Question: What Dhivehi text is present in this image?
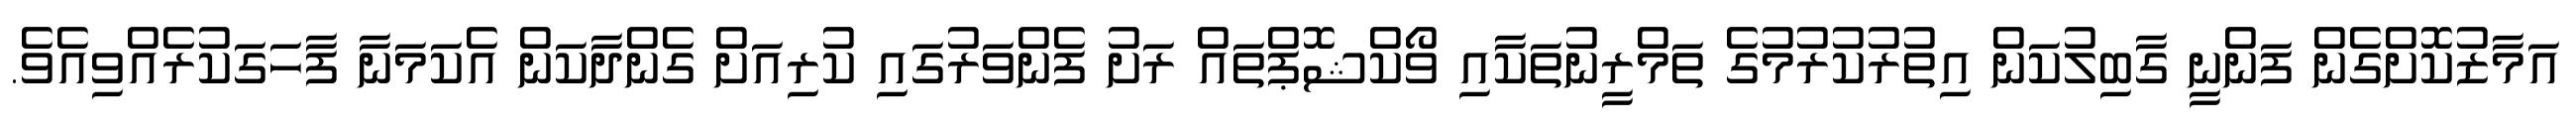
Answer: އަމާޒުކޮށްގެން ފަންނީ ގާބިލުކަން އިތުރުކުރުމުގެ ތަމްރީނުތަކާއި ވޯކްޝޮޕްތައް ރަށު ފެންވަރުގައި ކުރިއަށް ގެންދާކަން އެކަމަނާ ފާހަގަކުރެއްވިއެވެ.